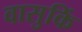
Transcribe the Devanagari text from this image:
वासुकिं